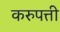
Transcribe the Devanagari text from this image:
करुपत्ती